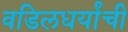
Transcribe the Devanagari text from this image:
वडिलधर्यांची